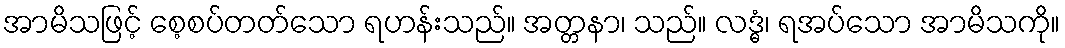
အာမိသဖြင့် စေ့စပ်တတ်သော ရဟန်းသည်။ အတ္တနာ၊ သည်။ လဒ္ဓံ၊ ရအပ်သော အာမိသကို။